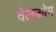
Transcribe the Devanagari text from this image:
वेलकोम